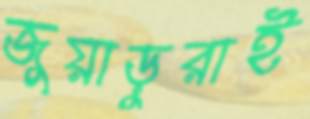
জুয়াড়ুরাই